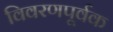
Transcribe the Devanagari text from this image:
विवरणपूर्वक